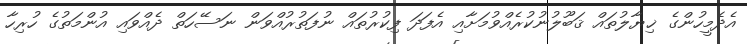
އެދެމީހުންގެ ޚިޔާލުތައް ޤަބޫލުނުކުރެއްވުމަށާއި އެފަދަ ފިކުރުތައް ނުފަތުރުއްވަން ނަސޭހަތް ދެއްވައި އުންމަތުގެ ހުރިހާ